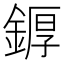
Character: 𨩿